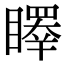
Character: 𥋭